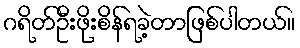
ဂရိတ်ဦးဖိုးစိန်ရခဲ့တာဖြစ်ပါတယ်။